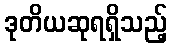
ဒုတိယဆုရရှိသည့်